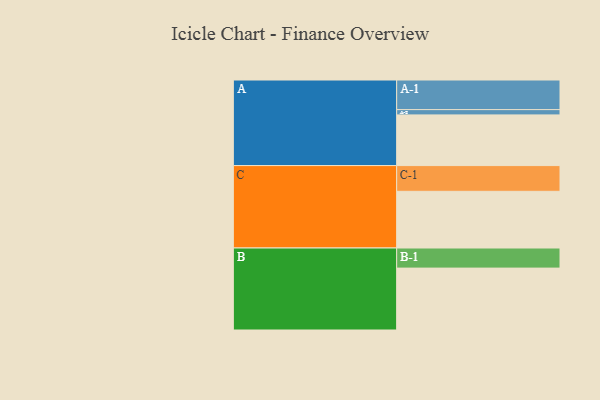
{"axis": {"x": "Segment", "y": "Value"}, "legend": ["", "A", "B", "C"], "data": [{"x": "A", "y": 479, "type": ""}, {"x": "B", "y": 585, "type": ""}, {"x": "C", "y": 536, "type": ""}, {"x": "A-1", "y": 280, "type": "A"}, {"x": "A-2", "y": 50, "type": "A"}, {"x": "B-1", "y": 190, "type": "B"}, {"x": "C-1", "y": 243, "type": "C"}]}